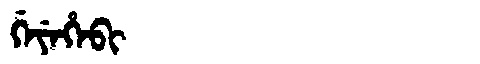
Manchu: ᡤᡝᠶᡝᡥᡝᠪᡳ
Romanization: GEYEHEBI